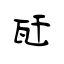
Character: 瓩